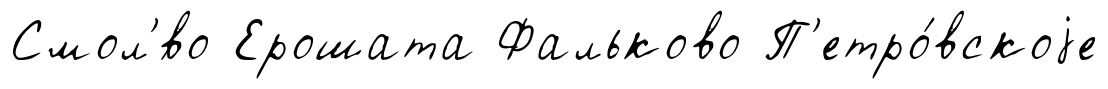
Смол'́во Ерошата Фальково П'етро́вскоjе